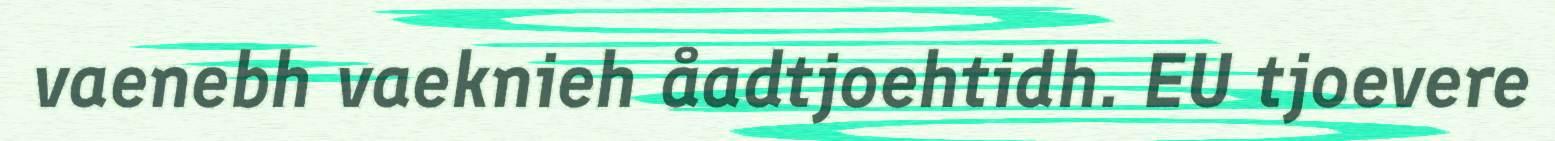
vaenebh vaeknieh åadtjoehtidh. EU tjoevere